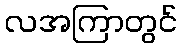
လအကြာတွင်